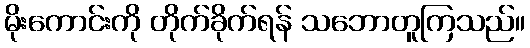
မိုးကောင်းကို တိုက်ခိုက်ရန် သဘောတူကြသည်။